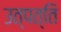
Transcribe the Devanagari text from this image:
उत्पत्‍ति